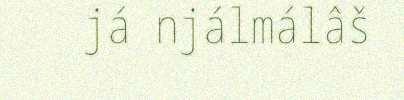
já njálmálâš